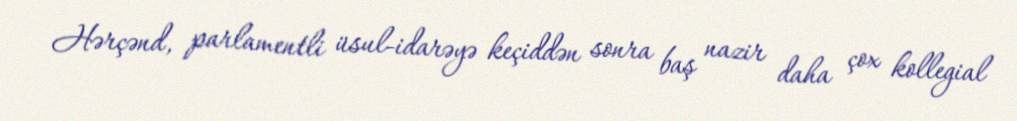
Hərçənd, parlamentli üsul-idarəyə keçiddən sonra baş nazir daha çox kollegial